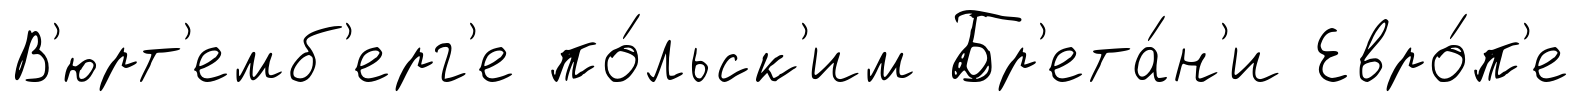
В'юрт'емб'ерг'е по́льск'им Бр'ета́н'и Евро́п'е